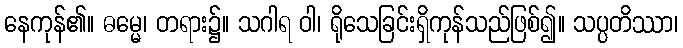
နေကုန်၏။ ဓမ္မေ၊ တရား၌။ သဂါရ ဝါ၊ ရိုသေခြင်းရှိကုန်သည်ဖြစ်၍။ သပ္ပတိဿာ၊